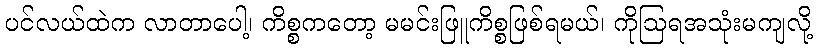
ပင်လယ်ထဲက လာတာပေါ့၊ ကိစ္စကတော့ မမင်းဖြူကိစ္စဖြစ်ရမယ်၊ ကိုဩရအသုံးမကျလို့